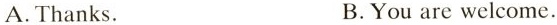
A.Thanks. B.You are welcome.